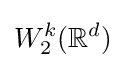
W_{2}^{k}(\mathbb {R} ^{d})